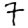
Digit: 7